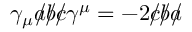
\gamma _ { \mu } { a \! \! \! / } { b \! \! \! / } { c \! \! \! / } \gamma ^ { \mu } = - 2 { c \! \! \! / } { b \! \! \! / } { a \! \! \! / }